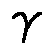
\gamma